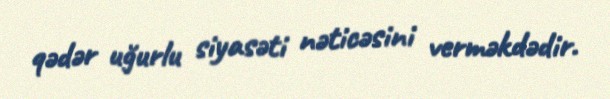
qədər uğurlu siyasəti nəticəsini verməkdədir.